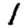
Digit: 1